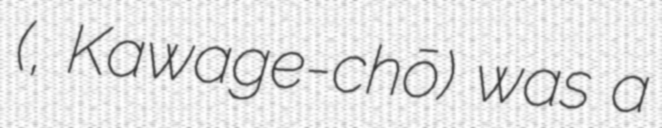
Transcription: (河芸町, Kawage-chō) was a